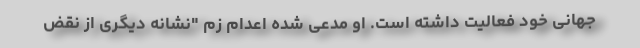
جهانی خود فعالیت داشته است. او مدعی شده اعدام زم "نشانه دیگری از نقض